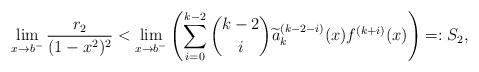
LaTeX: \begin{align*}\lim_{x\to b^-}\dfrac{r_2}{(1-x^2)^2}<\lim_{x\to b^-}\left(\sum_{i=0}^{k-2}\binom{k-2}{i}\widetilde{a}_k^{(k-2-i)}(x)f^{(k+i)}(x)\right)=:S_2,\end{align*}